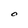
Character: O